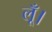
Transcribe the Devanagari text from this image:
लूँ।